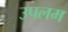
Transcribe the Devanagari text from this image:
उपलम